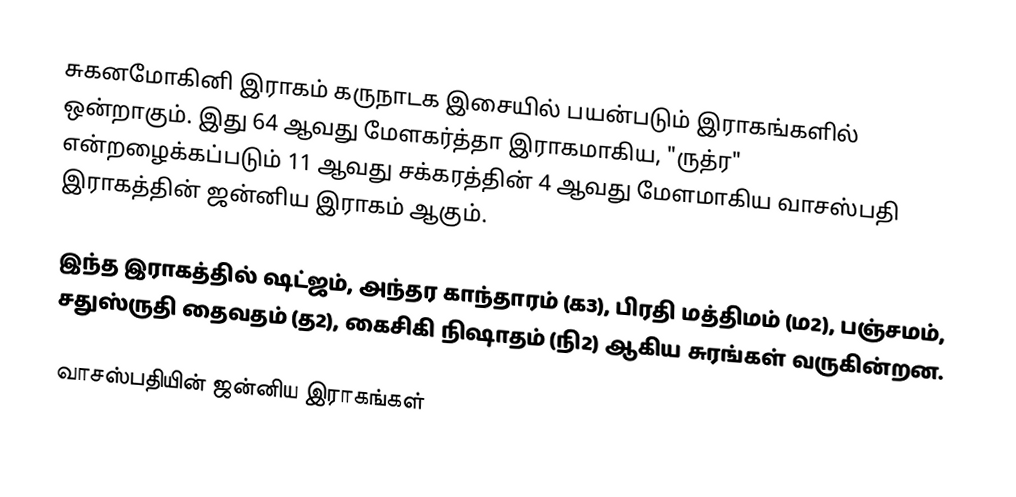
சுகனமோகினி இராகம் கருநாடக இசையில் பயன்படும் இராகங்களில் ஒன்றாகும். இது 64 ஆவது மேளகர்த்தா இராகமாகிய, "ருத்ர" என்றழைக்கப்படும் 11 ஆவது சக்கரத்தின் 4 ஆவது மேளமாகிய வாசஸ்பதி இராகத்தின் ஜன்னிய இராகம் ஆகும்.

இந்த இராகத்தில் ஷட்ஜம், அந்தர காந்தாரம் (க3), பிரதி மத்திமம் (ம2), பஞ்சமம்,  சதுஸ்ருதி தைவதம் (த2), கைசிகி நிஷாதம்  (நி2) ஆகிய சுரங்கள் வருகின்றன.

வாசஸ்பதியின் ஜன்னிய இராகங்கள்